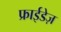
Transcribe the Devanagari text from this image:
फ्राईडेज़